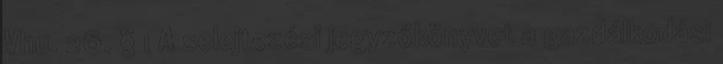
Vhu. 26. § 1 A selejtezési jegyzőkönyvet a gazdálkodási